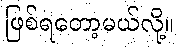
ဖြစ်ရတော့မယ်လို့။